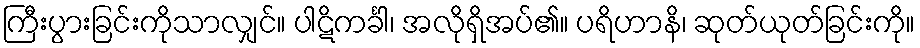
ကြီးပွားခြင်းကိုသာလျှင်။ ပါဋိကင်္ခါ၊ အလိုရှိအပ်၏။ ပရိဟာနိ၊ ဆုတ်ယုတ်ခြင်းကို။